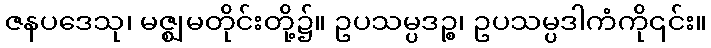
ဇနပဒေသု၊ မဇ္ဈမတိုင်းတို့၌။ ဥပသမ္ပဒဉ္စ၊ ဥပသမ္ပဒါကံကို၎င်း။